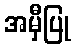
အမှီပြု